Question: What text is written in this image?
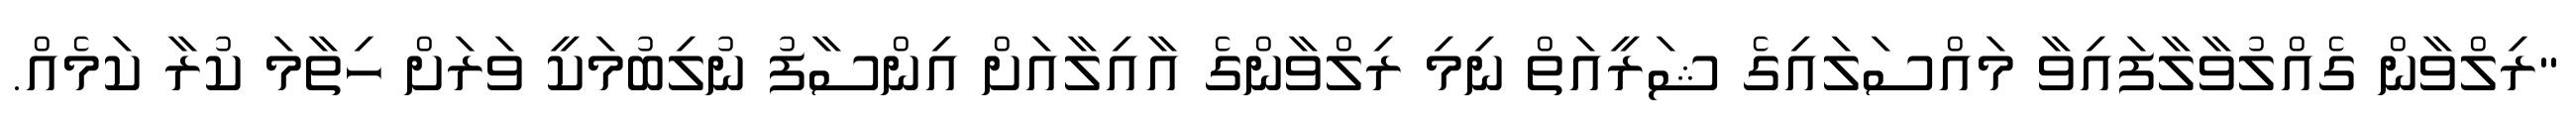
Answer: "ރިލްވާން ގެއްލުވާލާފައިވާ މައްސަލައިގެ ޝަރީއަތް ނިމި ރިލްވާންގެ އާއިލާއަށް އިންސާފު ނުލިބުމަކީ ވަރަށް ހިތާމަ ކުރާ ކަމެއް.